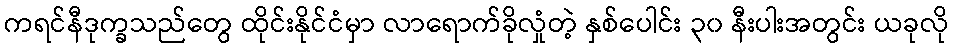
ကရင်နီဒုက္ခသည်တွေ ထိုင်းနိုင်ငံမှာ လာရောက်ခိုလှုံတဲ့ နှစ်ပေါင်း ၃၀ နီးပါးအတွင်း ယခုလို